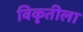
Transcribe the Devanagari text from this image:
विकृतीला